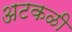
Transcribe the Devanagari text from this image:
अटकळी